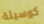
كوسيلة